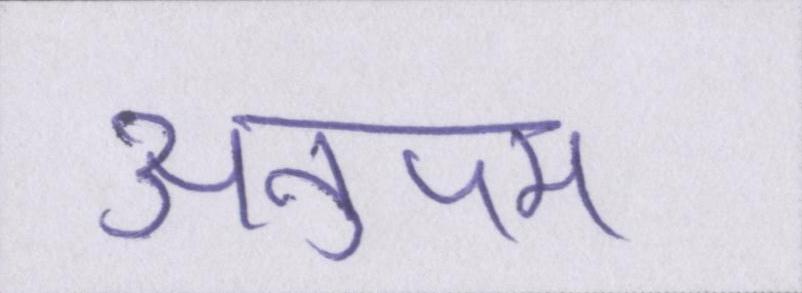
अनुपम